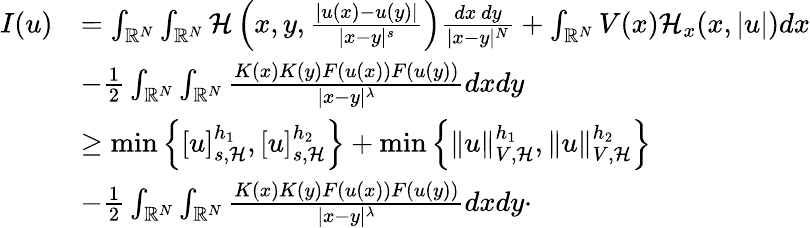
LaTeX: \begin{array}{rl}{I(u)}&{=\int_{{\mathbb R}^{N}}\int_{{\mathbb R}^{N}}\mathcal{H}\left(x,y,\frac{|u(x)-u(y)|}{|x-y|^{s}}\right)\frac{dx\ dy}{|x-y|^{N}}+\int_{{\mathbb R}^{N}}V(x)\mathcal{H}_{x}(x,|u|)dx}\\ &{-\frac{1}{2}\int_{{\mathbb R}^{N}}\int_{{\mathbb R}^{N}}\frac{K(x)K(y)F(u(x))F(u(y))}{|x-y|^{\lambda}}dxdy}\\ &{\geq\operatorname*{min}\left\lbrace[u]_{s,\mathcal{H}}^{h_{1}},[u]_{s,\mathcal{H}}^{h_{2}}\right\rbrace+\operatorname*{min}\left\lbrace\| u\| _{V,\mathcal{H}}^{h_{1}},\| u\| _{V,\mathcal{H}}^{h_{2}}\right\rbrace}\\ &{-\frac{1}{2}\int_{{\mathbb R}^{N}}\int_{{\mathbb R}^{N}}\frac{K(x)K(y)F(u(x))F(u(y))}{|x-y|^{\lambda}}dxdy\cdot}\end{array}